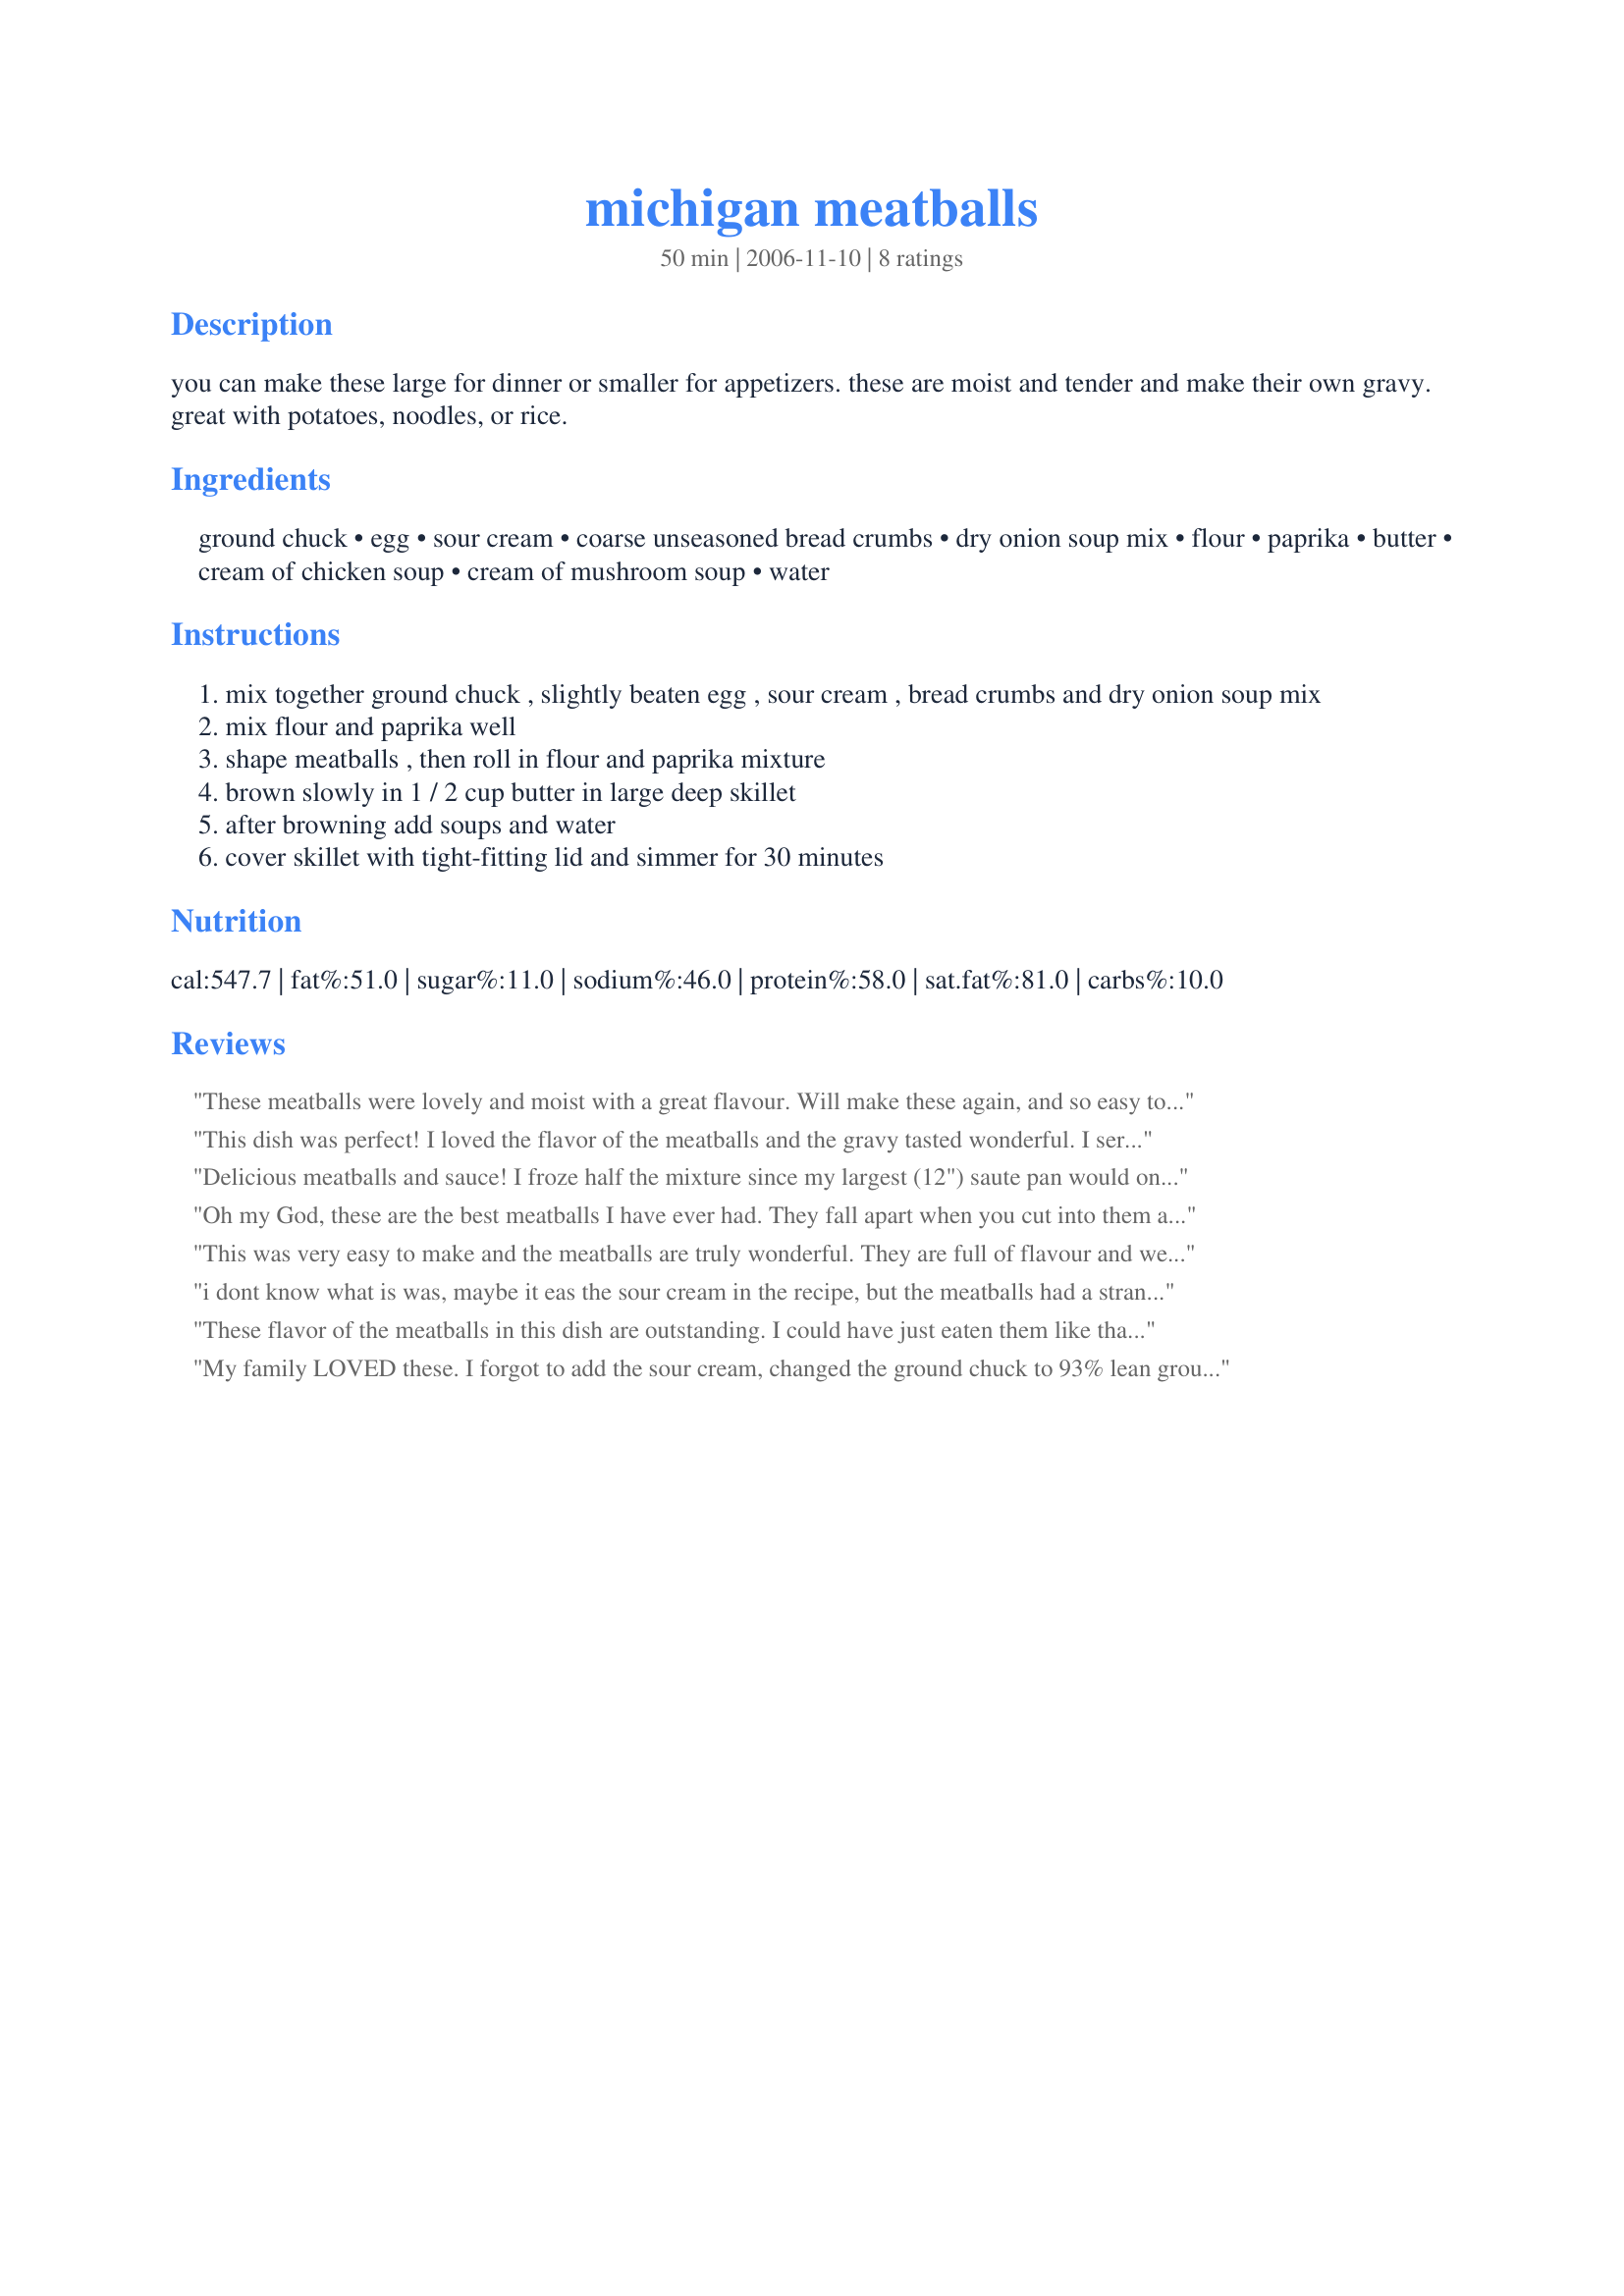
michigan meatballs
Preparation time: 50 minutes

you can make these large for dinner or smaller for appetizers. these are moist and tender and make their own gravy. great with potatoes, noodles, or rice.

Ingredients:
ground chuck, egg, sour cream, coarse unseasoned bread crumbs, dry onion soup mix, flour, paprika, butter, cream of chicken soup, cream of mushroom soup, water

Steps:
mix together ground chuck , slightly beaten egg , sour cream , bread crumbs and dry onion soup mix
mix flour and paprika well
shape meatballs , then roll in flour and paprika mixture
brown slowly in 1 / 2 cup butter in large deep skillet
after browning add soups and water
cover skillet with tight-fitting lid and simmer for 30 minutes

Reviews:
These meatballs were lovely and moist with a great flavour. Will make these again, and so easy to make with the tins of soup added for gravy. I actually halved the recipe and just used one can of soup, and since some of the family are "mushroom" challenged choose to use the can of cream of chicken soup. Very nice, thank you.
This dish was perfect! I loved the flavor of the meatballs and the gravy tasted wonderful. I served the gravy over mashed potatoes and it was perfect. Made a whole bunch, would be great for a holiday or family gathering - or it also makes great leftovers! Easy to make.
Delicious meatballs and sauce! I froze half the mixture since my largest (12") saute pan would only hold that many meatballs. Edited to add that I made these again and we loved them the second time too. Thanks for another keeper Elaine!
Oh my God, these are the best meatballs I have ever had. They fall apart when you cut into them and melt in your mouth. My boyfriend ate about a dozen and both my daughters about half a dozen each. This is a keeper, thanks so much for sharing.
This was very easy to make and the meatballs are truly wonderful. They are full of flavour and we loved how moist they were, my son was super impressed he didn't even know that they were made with beef as he could not understand why they were not more dry. I definitely give a five stars for them and more if I could. I made the recipe as is apart from adding some sliced mushrooms and diced onion to the pan when cooking the meatballs. I also did half water and half milk. I did scale the recipe back as there is only 4 of us although I kept the sauce amount the same.Very easy, tastes great and makes for a super weeknight meal that you can throw together when you get in from work. Thanks for sharing ElaineAnn I will be making this again!!!
i dont know what is was, maybe it eas the sour cream in the recipe, but the meatballs had a strange texture to them kind of mushy in the center. and the cream of chicken soup part just dont belong in this recipe. i dont think i will make this one again. but hey to each his own.
These flavor of the meatballs in this dish are outstanding. I could have just eaten them like that, but I did make the rest of the recipe! It made a nice thick gravy and I served the dish over noodles. The next time I will cut the recipe in half because it makes a lot! Thanks for posting. I made this for "holiday zaar tag."
My family LOVED these. I forgot to add the sour cream, changed the ground chuck to 93% lean ground turkey, and used some frozen corn muffin crumbs instead of the bread crumbs (and crossed my fingers). Great recipe! Thanks
